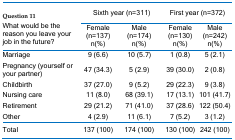
<table><thead><tr><td rowspan="2"><b>Question 11.What would be the reason you leave your job in the future?</b></td><td colspan="2"><b>Sixth year (n=311)</b></td><td colspan="2"><b>First year (n=372)</b></td></tr><tr><td><b>Female(n=137)n(%)</b></td><td><b>Male(n=174)n(%)</b></td><td><b>Female(n=130) n(%)</b></td><td><b>Male(n=242) n(%)</b></td></tr></thead><tbody><tr><td>Marriage </td><td>9 (6.6)</td><td>10 (5.7)</td><td>1 (0.8)</td><td>5 (2.1)</td></tr><tr><td>Pregnancy (yourself or your partner) </td><td>47 (34.3)</td><td>5 (2.9) </td><td>39 (30.0)</td><td>2 (0.8)</td></tr><tr><td>Childbirth </td><td>37 (27.0)</td><td>9 (5.2)</td><td>29 (22.3)</td><td>9 (3.8)</td></tr><tr><td>Nursing care</td><td>11 (8.0)</td><td>68 (39.1)</td><td>17 (13.1)</td><td>101 (41.7)</td></tr><tr><td>Retirement</td><td>29 (21.2)</td><td>71 (41.0)</td><td>37 (28.6)</td><td>122 (50.4)</td></tr><tr><td>Other</td><td>4 (2.9)</td><td>11 (6.1)</td><td>7 (5.2)</td><td>3 (1.2)</td></tr><tr><td>Total</td><td>137 (100)</td><td>174 (100)</td><td>130 (100)</td><td>242 (100)</td></tr></tbody></table>